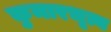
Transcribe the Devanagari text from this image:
कुमारभृत्य